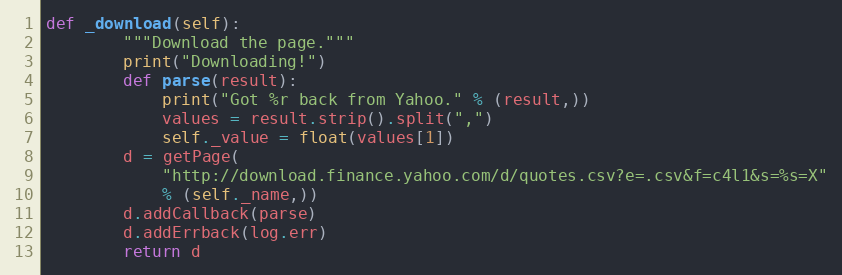
Language: Python
def _download(self):
        """Download the page."""
        print("Downloading!")
        def parse(result):
            print("Got %r back from Yahoo." % (result,))
            values = result.strip().split(",")
            self._value = float(values[1])
        d = getPage(
            "http://download.finance.yahoo.com/d/quotes.csv?e=.csv&f=c4l1&s=%s=X"
            % (self._name,))
        d.addCallback(parse)
        d.addErrback(log.err)
        return d